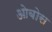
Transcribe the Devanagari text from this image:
ओबोस